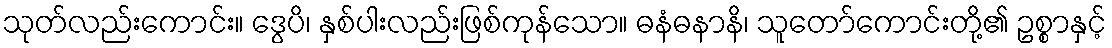
သုတ်လည်းကောင်း။ ဒွေပိ၊ နှစ်ပါးလည်းဖြစ်ကုန်သော။ ဓနံဓနာနိ၊ သူတော်ကောင်းတို့၏ ဥစ္စာနှင့်